Report of the Indian Hemp Drugs Commission, 1894-1895 - Volume IV
Year: 1894
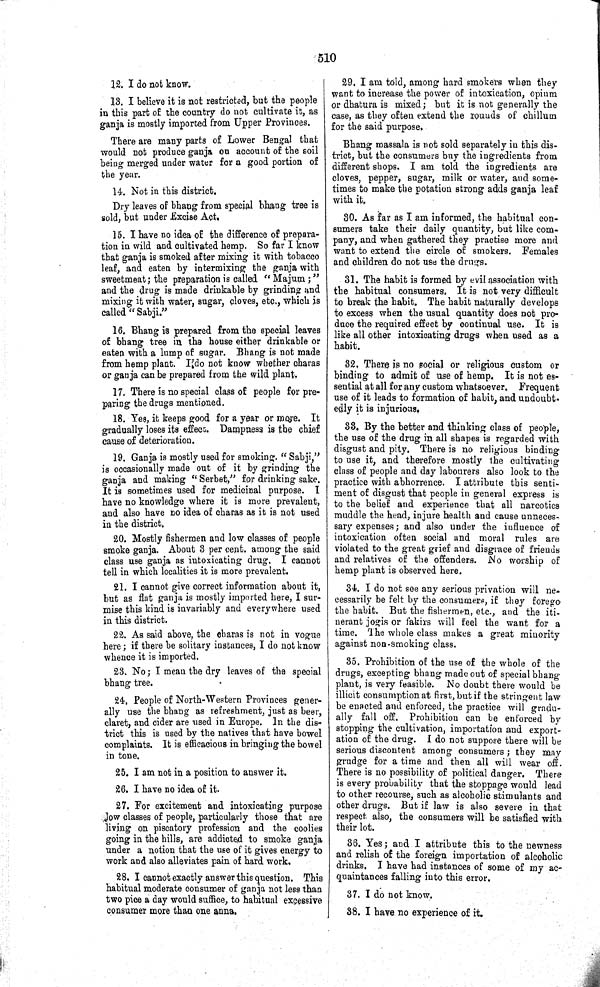
510
12. I do not know.
13. I believe it is not restricted, but the people
in this part of the country do not cultivate it, as
ganja is mostly imported from Upper Provinces.
There are many parts of Lower Bengal that
would not produce ganja on account of the soil
being merged under water for a good portion of
the year.
14. Not in this district.
Dry leaves of bhang from special bhang tree is
sold, but under Excise Act.
15. I have no idea of the difference of prepara-
tion in wild and cultivated hemp. So far I know
that ganja is smoked after mixing it with tobacco
leaf, and eaten by intermixing the ganja with
sweetmeat; the preparation is called "Majum;"
and the drug is made drinkable by grinding and
mixing it with water, sugar, cloves, etc., which is
called "Sabji."
16. Bhang is prepared from the special leaves
of bhang tree in the house either drinkable or
eaten with a lump of sugar. Bhang is not made
from hemp plant. I do not know whether charas
or ganja can be prepared from the wild plant.
17. There is no special class of people for pre-
paring the drugs mentioned.
18. Yes, it keeps good for a year or more. It
gradually loses its effect. Dampness is the chief
cause of deterioration.
19. Ganja is mostly used for smoking. "Sabji,"
is occasionally made out of it by grinding the
ganja and making "Serbet," for drinking sake.
It is sometimes used for medicinal purpose. I
have no knowledge where it is more prevalent,
and also have no idea of charas as it is not used
in the district.
20. Mostly fishermen and low classes of people
smoke ganja. About 3 per cent. among the said
class use ganja as intoxicating drug. I cannot
tell in which localities it is more prevalent.
21. I cannot give correct information about it,
but as flat ganja is mostly imported here, I sur-
mise this kind is invariably and everywhere used
in this district.
22. As said above, the charas is not in vogue
here; if there be solitary instances, I do not know
whence it is imported.
23. No; I mean the dry leaves of the special
bhang tree.
24. People of North-Western Provinces gener-
ally use the bhang as refreshment, just as beer,
claret, and cider are used in Europe. In the dis-
trict this is used by the natives that have bowel
complaints. It is efficacious in bringing the bowel
in tone.
25. I am not in a position to answer it.
26. I have no idea of it.
27. For excitement and intoxicating purpose
low classes of people, particularly those that are
living on piscatory profession and the coolies
going in the hills, are addicted to smoke ganja
under a notion that the use of it gives energy to
work and also alleviates pain of hard work.
28. I cannot exactly answer this question. This
habitual moderate consumer of ganja not less than
two pice a day would suffice, to habitual excessive
consumer more than one anna,
29. I am told, among hard smokers when they
want to increase the power of intoxication, opium
or dhatura is mixed; but it is not generally the
case, as they often extend the rounds of chillum
for the said purpose.
Bhang massala is not sold separately in this dis-
trict, but the consumers buy the ingredients from
different shops. I am told the ingredients are
cloves, pepper, sugar, milk or water, and some-
times to make the potation strong adds ganja leaf
with it.
30. As far as I am informed, the habitual con-
sumers take their daily quantity, but like com-
pany, and when gathered they practise more and
want to extend the circle of smokers. Females
and children do not use the drugs.
31. The habit is formed by evil association with
the habitual consumers. It is not very difficult
to break the habit. The habit naturally develops
to excess when the usual quantity does not pro-
duce the required effect by continual use. It is
like all other intoxicating drugs when used as a
habit.
32. There is no social or religious custom or
binding to admit of use of hemp. It is not es-
sential at all for any custom whatsoever. Frequent
use of it leads to formation of habit, and undoubt-
edly it is injurious.
33. By the better and thinking class of people,
the use of the drug in all shapes is regarded with
disgust and pity. There is no religious binding
to use it, and therefore mostly the cultivating
class of people and day labourers also look to the
practice with abhorrence. I attribute this senti-
ment of disgust that people in general express is
to the belief and experience that all narcotics
muddle the head, injure health and cause unneces-
sary expenses; and also under the influence of
intoxication often social and moral rules are
violated to the great grief and disgrace of friends
and relatives of the offenders. No worship of
hemp plant is observed here.
34. I do not see any serious privation will ne-
cessarily be felt by the consumers, if they forego
the habit. But the fishermen, etc., and the iti-
nerant jogis or fakirs will feel the want for a
time. The whole class makes a great minority
against non-smoking class.
35. Prohibition of the use of the whole of the
drugs, excepting bhang made out of special bhang
plant, is very feasible. No doubt there would be
illicit consumption at first, but if the stringent law
be enacted and enforced, the practice will gradu-
ally fall off. Prohibition can be enforced by
stopping the cultivation, importation and export-
ation of the drug. I do not suppose there will be
serious discontent among consumers; they may
grudge for a time and then all will wear off.
There is no possibility of political danger. There
is every probability that the stoppage would lead
to other recourse, such as alcoholic stimulants and
other drugs. But if law is also severe in that
respect also, the consumers will be satisfied with
their lot.
36. Yes; and I attribute this to the newness
and relish of the foreign importation of alcoholic
drinks. I have had instances of some of my ac-
quaintances falling into this error.
37. I do not know.
38. I have no experience of it.